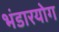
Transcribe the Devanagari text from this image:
भंडारयोग